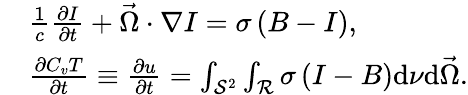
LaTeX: \begin{array}{rl}&{\frac{1}{c}\frac{\partial I}{\partial t}+\vec{\Omega}\cdot\nabla I=\sigma\left(B-I\right),}\\ &{\frac{\partial C_{v}T}{\partial t}\equiv\frac{\partial u}{\partial t}=\int_{\mathcal{S}^{2}}\int_{\mathcal{R}}\sigma\left(I-B\right)\mathrm{d}\nu\mathrm{d}\vec{\Omega}.}\end{array}